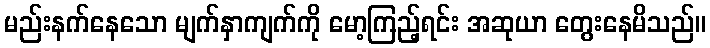
မည်းနက်နေသော မျက်နှာကျက်ကို မော့ကြည့်ရင်း အဆုယာ တွေးနေမိသည်။